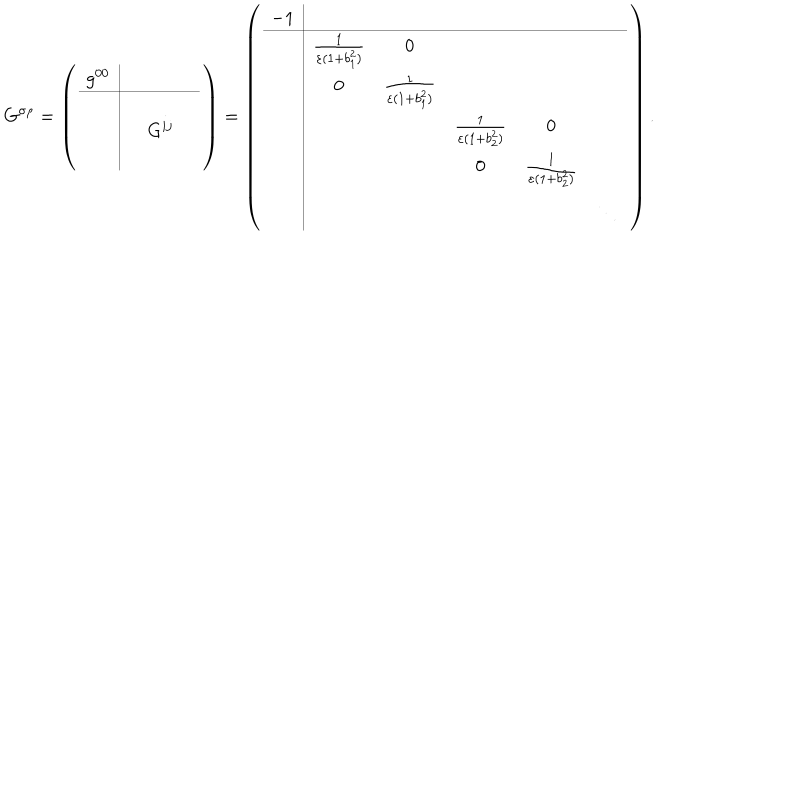
G ^ { \sigma \rho } = \left( \begin{array} { c | c c c } { { g ^ { 0 0 } } } & { { } } & { { } } & { { } } \\ \hline { { { } } } & { { } } & { { } } & { { } } \\ { { { } } } & { { } } & { { G ^ { i j } } } & { { } } \\ { { { } } } & { { } } & { { } } & { { } } \\ \end{array} \right) = \left( \begin{array} { c | c c c c c } { { - 1 } } & { { } } & { { } } & { { } } & { { } } & { { } } \\ \hline { { } } & { { \frac { 1 } { \varepsilon ( 1 + b _ { 1 } ^ { 2 } ) } } } & { { 0 } } & { { } } & { { } } & { { } } \\ { { } } & { { 0 } } & { { \frac { 1 } { \varepsilon ( 1 + b _ { 1 } ^ { 2 } ) } } } & { { } } & { { } } & { { } } \\ { { } } & { { } } & { { } } & { { \frac { 1 } { \varepsilon ( 1 + b _ { 2 } ^ { 2 } ) } } } & { { 0 } } & { { } } \\ { { } } & { { } } & { { } } & { { 0 } } & { { \frac { 1 } { \varepsilon ( 1 + b _ { 2 } ^ { 2 } ) } } } & { { } } \\ { { } } & { { } } & { { } } & { { } } & { { } } & { { \ddots } } \\ \end{array} \right) .